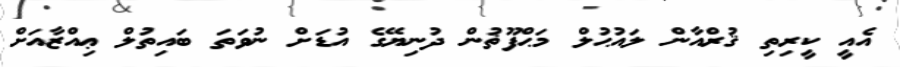
އެއީ ކީރިތި ޤުރްއާން ލައުޙުލް މަޙްފޫޡުން ދުނިޔޭގެ އުޑަށް ނުވަތަ ބައިތުލް ޢިއްޒާއަށް